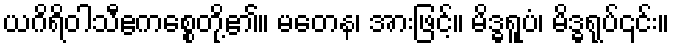
ယဂိရိဝါသီဧကစ္စေတို့၏။ မတေန၊ အားဖြင့်။ မိဒ္ဓရူပံ၊ မိဒ္ဓရုပ်၎င်း။